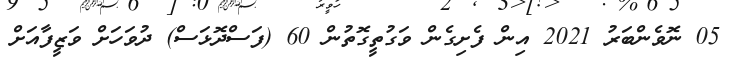
05 ނޮވެންބަރު 2021 އިން ފެށިގެން ވަގުތީގޮތުން 60 (ފަސްދޮޅަސް) ދުވަހަށް ވަޒީފާއަށް